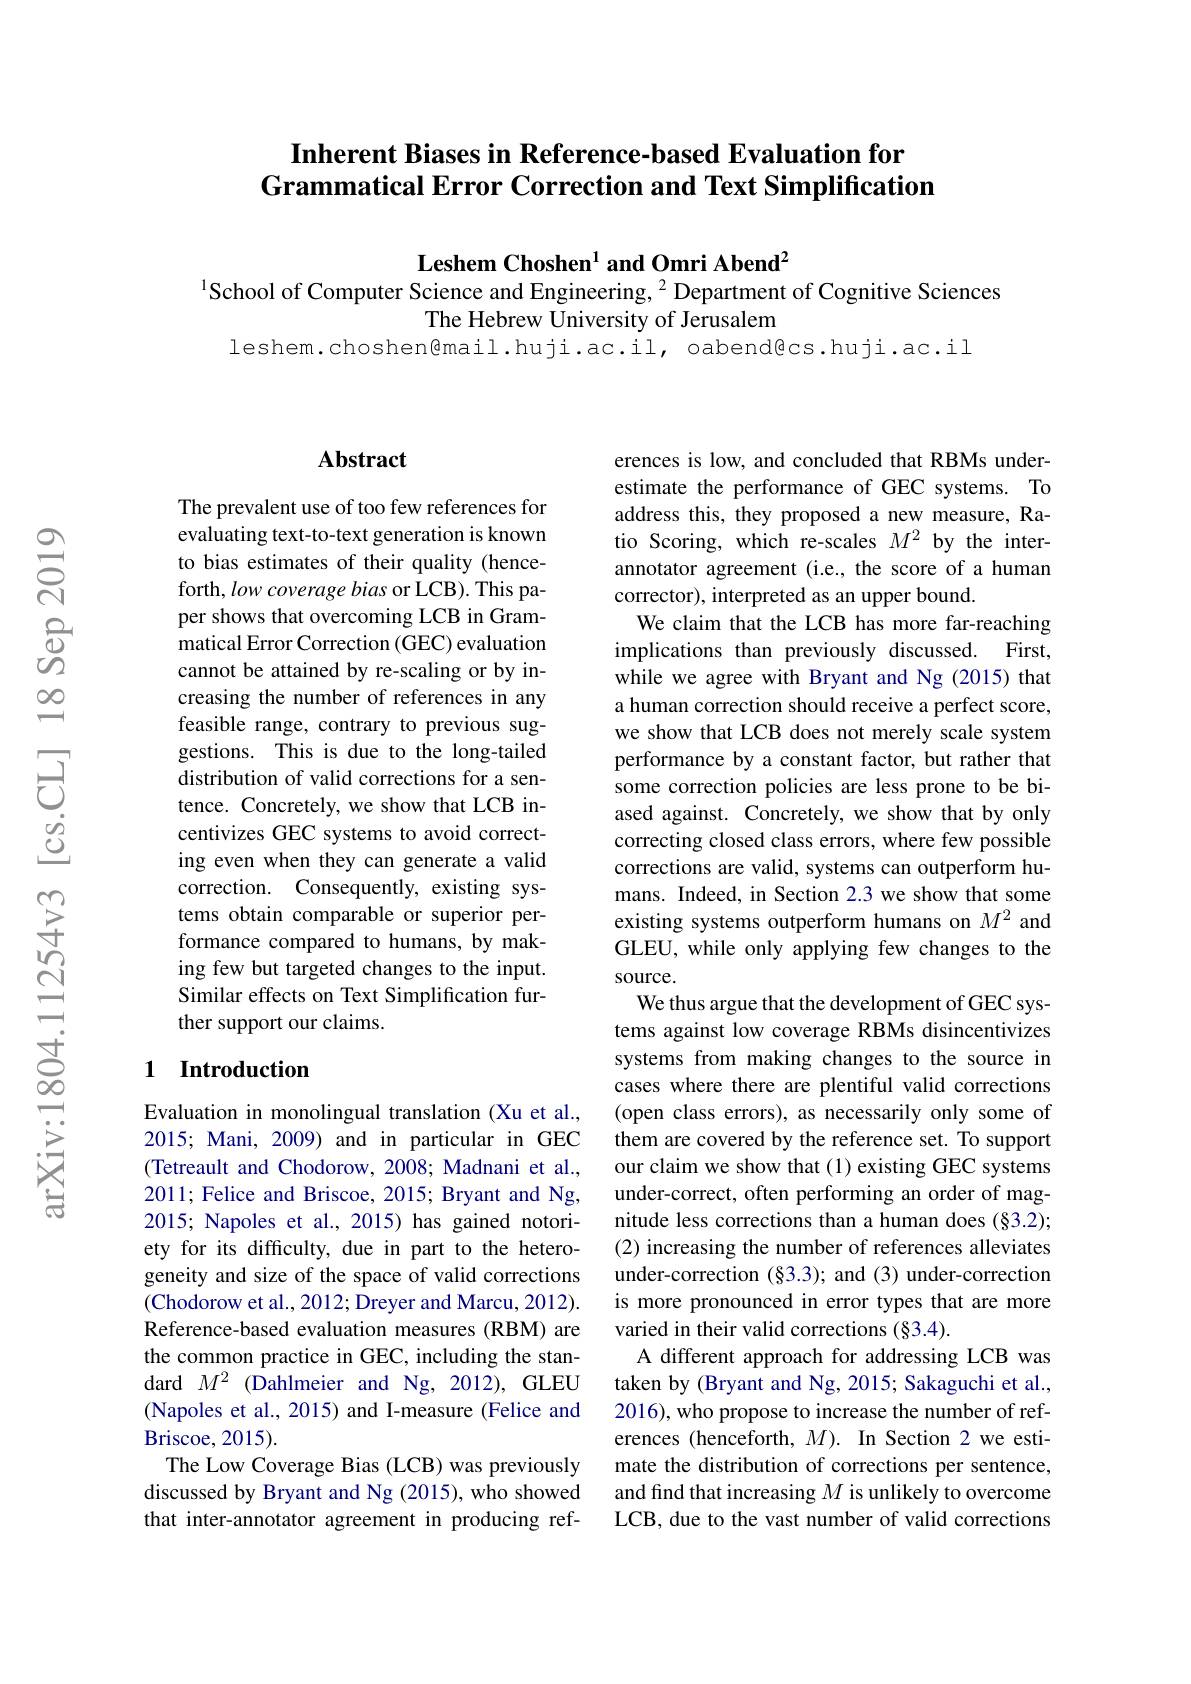
### Inherent Biases in Reference-based Evaluation for Grammatical Error Correction and Text Simplification

Leshem Choshen$^1$ and Omri Abend$^2$
1School of Computer Science and Engineering, $^{2}$ Department of Cognitive Sciences
The Hebrew University of Jerusalem
leshem.choshen@mail.huji.ac.il, oabend@cs.huji.ac.il

## $\mathbf{Abstract}$

The prevalent use of too few references for evaluating text-to-text generation is known to bias estimates of their quality (henceforth, low coverage bias or LCB). This paper shows that overcoming LCB in Grammatical Error Correction (GEC) evaluation cannot be attained by re-scaling or by increasing the number of references in any feasible range, contrary to previous suggestions. This is due to the long-tailed distribution of valid corrections for a sentence. Concretely, we show that LCB incentivizes GEC systems to avoid correcting even when they can generate a valid correction. Consequently, existing systems obtain comparable or superior performance compared to humans, by making few but targeted changes to the input. Similar effects on Text Simplification further support our claims.

## 1 Introduction

Evaluation in monolingual translation (Xu et al., 2015; Mani, 2009) and in particular in GEC (Tetreault and Chodorow, 2008; Madnani et al., 2011; Felice and Briscoe, 2015; Bryant and Ng, 2015; Napoles et al., 2015) has gained notoriety for its difficulty, due in part to the heterogeneity and size of the space of valid corrections (Chodorow et al., 2012; Dreyer and Marcu, 2012). Reference-based evaluation measures (RBM) are the common practice in GEC, including the standard $M^2$ (Dahlmeier and Ng, 2012), GLEU ( Napoles et al. , 2015) and I- measure ( Felice and Briscoe, 2015).
The Low Coverage Bias (LCB) was previously discussed by Bryant and Ng (2015), who showed that inter-annotator agreement in producing ref-

erences is low, and concluded that RBMs underestimate the performance of GEC systems. To address this, they proposed a new measure, Ratio Scoring, which re-scales $M^{2}$ by the interannotator agreement (i.e., the score of a human corrector), interpreted as an upper bound.
We claim that the LCB has more far-reaching implications than previously discussed. First, while we agree with Bryant and Ng (2015) that a human correction should receive a perfect score, we show that LCB does not merely scale system performance by a constant factor, but rather that some correction policies are less prone to be biased against. Concretely, we show that by only correcting closed class errors, where few possible corrections are valid, systems can outperform humans. Indeed, in Section 2.3 we show that some existing systems outperform humans on $M^2$ and GLEU, while only applying few changes to the source.
We thus argue that the development of GEC systems against low coverage RBMs disincentivizes systems from making changes to the source in cases where there are plentiful valid corrections (open class errors), as necessarily only some of them are covered by the reference set. To support our claim we show that (1) existing GEC systems under-correct, often performing an order of magnitude less corrections than a human does (§3.2); (2) increasing the number of references alleviates under-correction (§3.3); and (3) under-correction is more pronounced in error types that are more varied in their valid corrections (§3.4).
A different approach for addressing LCB was taken by (Bryant and Ng, 2015; Sakaguchi et al. 2016), who propose to increase the number of references (henceforth, $M).$ In Section 2 we estimate the distribution of corrections per sentence, and find that increasing $M$ is unlikely to overcome LCB, due to the vast number of valid corrections